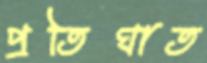
প্রতিঘাত